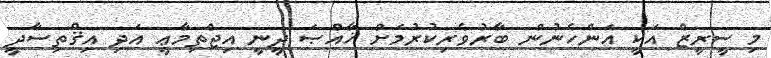
މި ސީރީޒް އަކީ އަންހެނުން ބާރުވެރިކުރުމަށް ޚާއްޞަ ދީނީ އިޖްތިމާޢީ އަދި އިޤްތިސާދީ